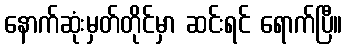
နောက်ဆုံးမှတ်တိုင်မှာ ဆင်းရင် ရောက်ပြီ။